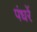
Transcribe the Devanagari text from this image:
पंधरें